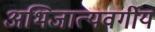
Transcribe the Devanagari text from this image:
अभिजात्यवर्गीय